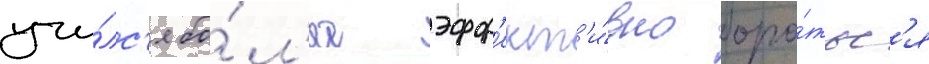
учи́лс'я бо́л'ее эфф'ект'и́вно боро́тьс'я